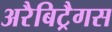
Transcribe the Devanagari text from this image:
अरैबिट्रैगस